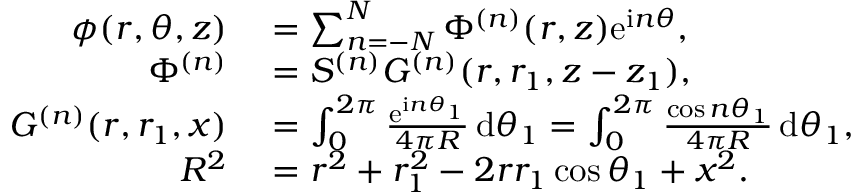
\begin{array} { r l } { \phi ( r , \theta , z ) } & { { } = \sum _ { n = - N } ^ { N } \Phi ^ { ( n ) } ( r , z ) \mathrm { e } ^ { \mathrm { i } n \theta } , } \\ { \Phi ^ { ( n ) } } & { { } = S ^ { ( n ) } G ^ { ( n ) } ( r , r _ { 1 } , z - z _ { 1 } ) , } \\ { G ^ { ( n ) } ( r , r _ { 1 } , x ) } & { { } = \int _ { 0 } ^ { 2 \pi } \frac { \mathrm { e } ^ { \mathrm { i } n \theta _ { 1 } } } { 4 \pi R } \, \mathrm { d } \theta _ { 1 } = \int _ { 0 } ^ { 2 \pi } \frac { \cos n \theta _ { 1 } } { 4 \pi R } \, \mathrm { d } \theta _ { 1 } , } \\ { R ^ { 2 } } & { { } = r ^ { 2 } + r _ { 1 } ^ { 2 } - 2 r r _ { 1 } \cos \theta _ { 1 } + x ^ { 2 } . } \end{array}